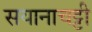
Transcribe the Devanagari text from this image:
सयानाचट्टी